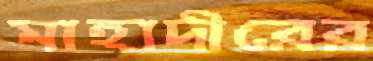
মাহাদীরের